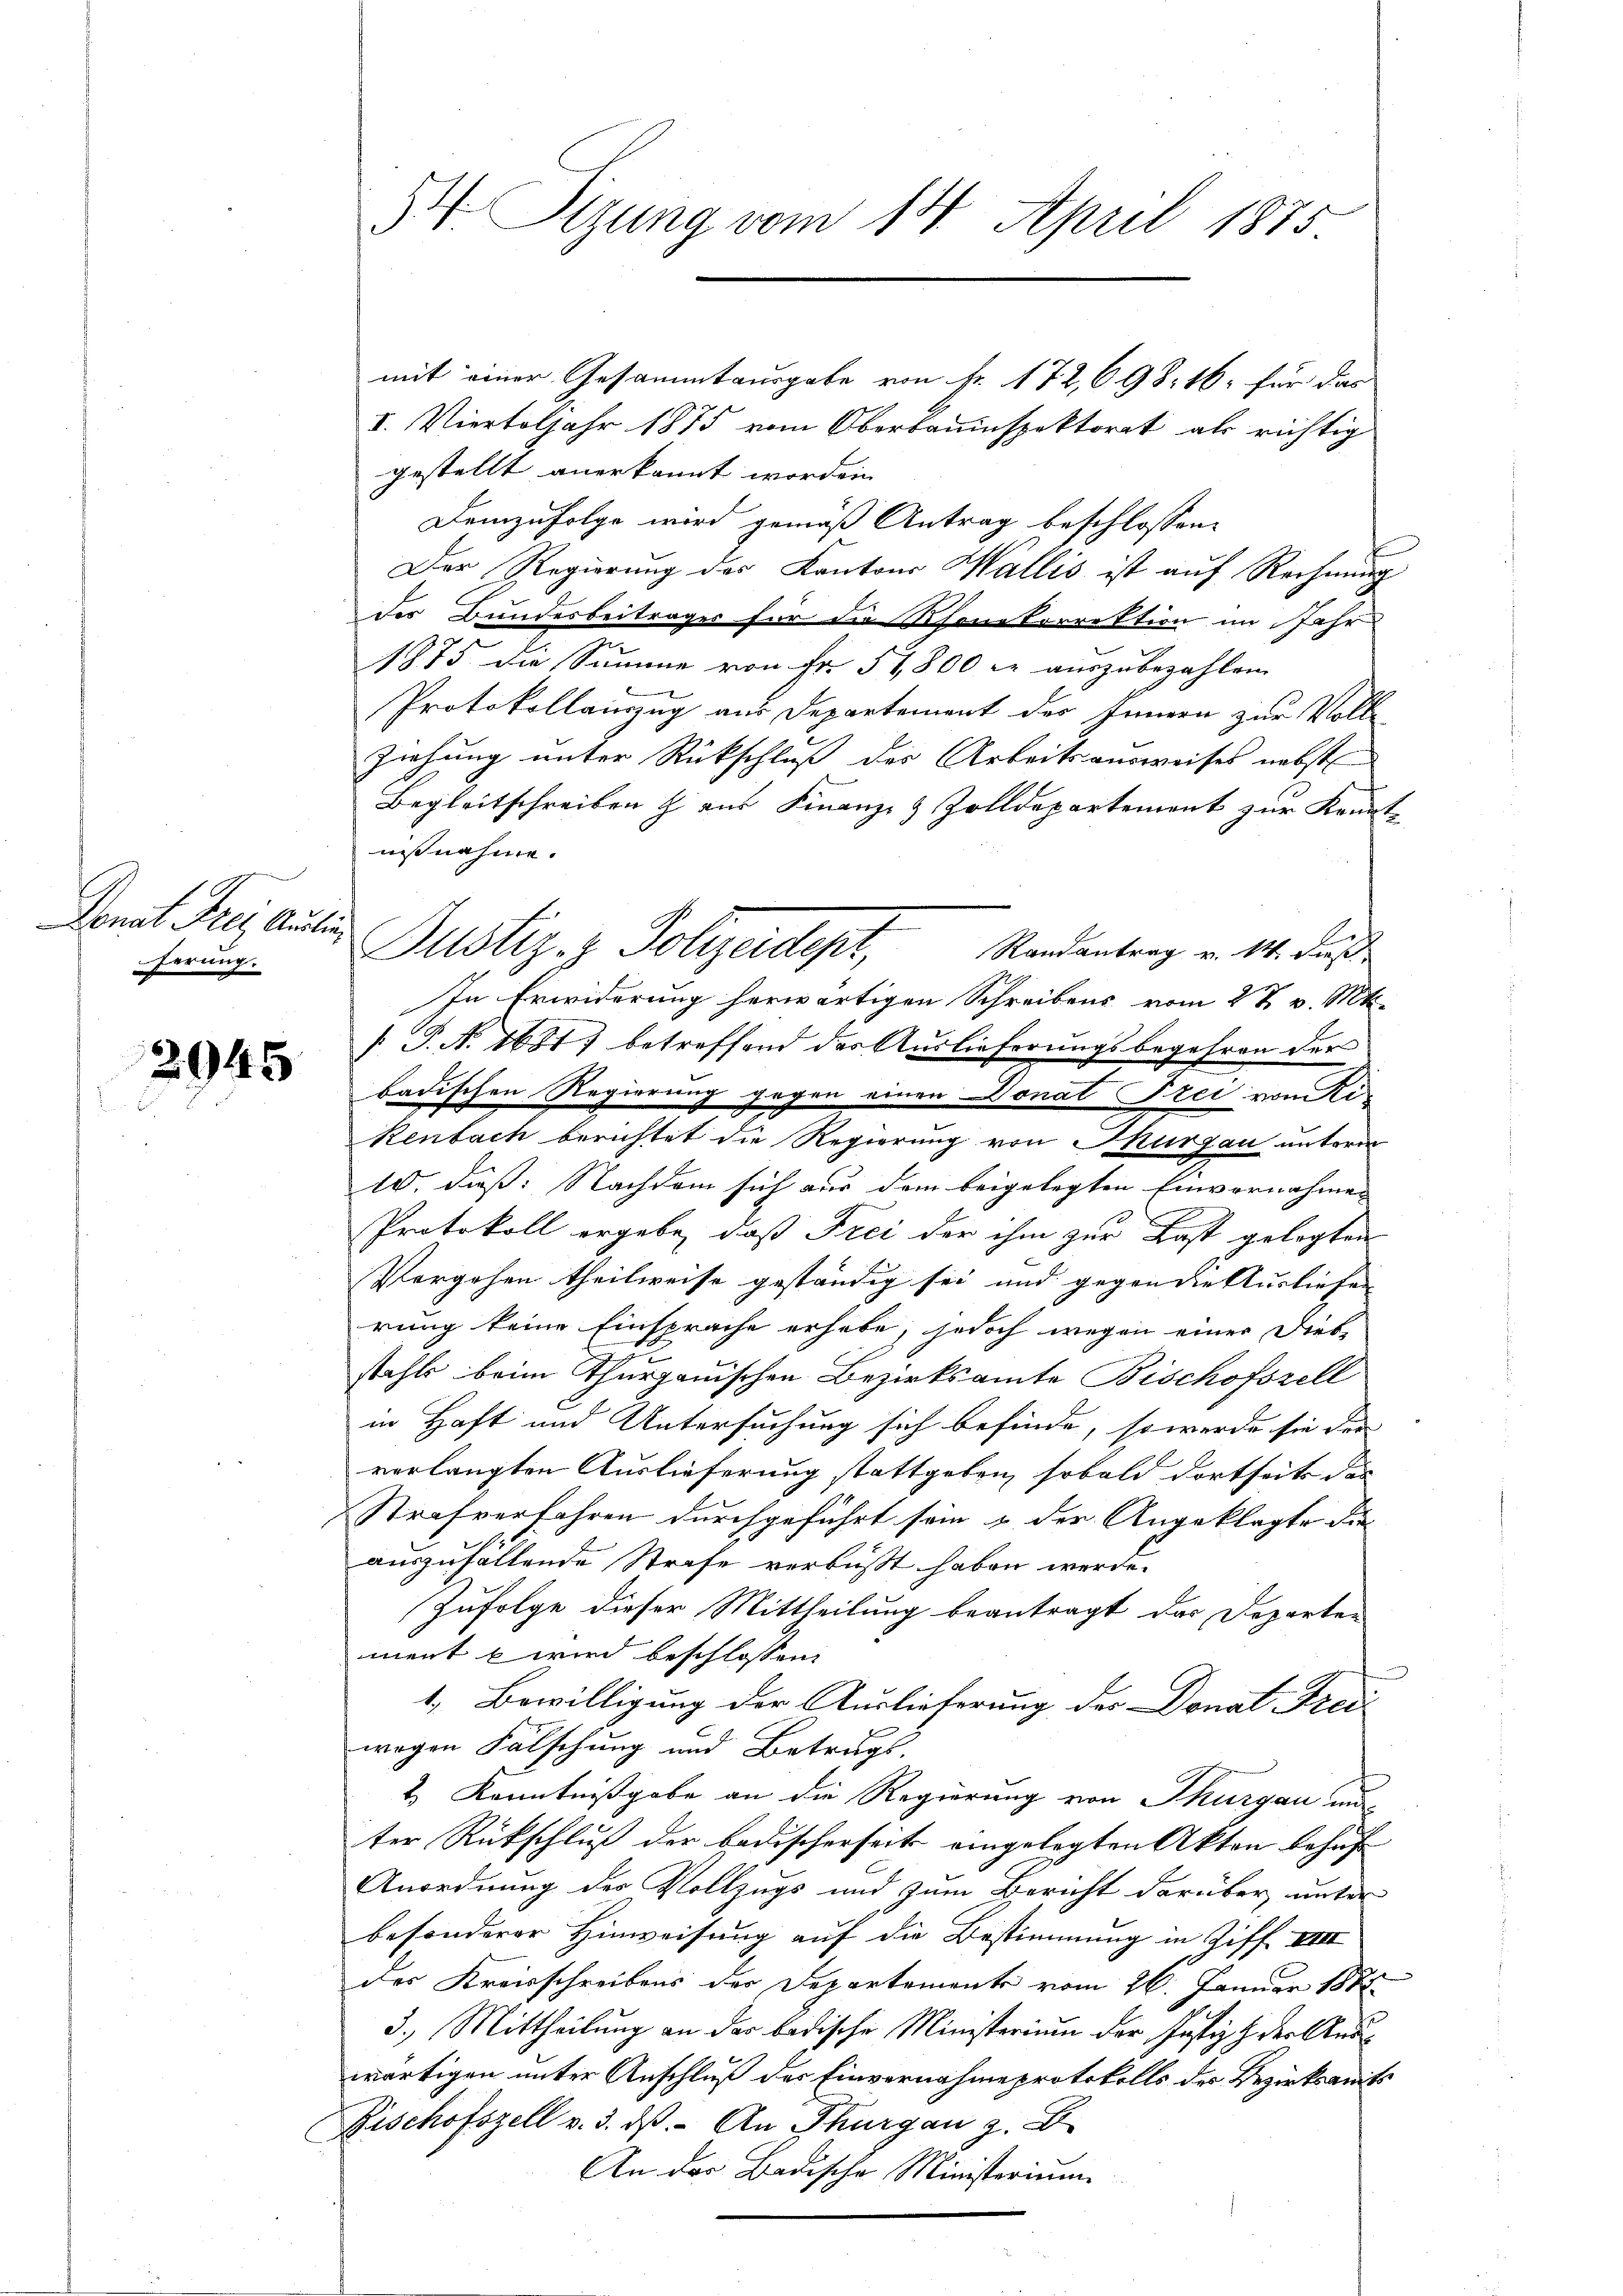
Donat Frei Ausin
ferung.

2945

54 Sizung vom 14. April 1875

mit einer Gesammtausgabe von Fr. 172, 698. 16. für das
I. Vierteljahr 1875 vom Oberbauinspektorat als richtig
gestellt anerkannt worden
Demzufolge wird gemäß Antrag beschlossene
Der Regierung des Kantons Wallis ist auf Rechnung
Der Bundesbeitrages für die Thonetorrektion im Jahr
1875 die Summe von Fr. 51,800 er auszubezahlen.
Protokollinzug aus Departement des Innern zur Voll¬
Ziehung unter Rückschluß des Arbeitsausweises nebst
Begleitschreiben & aus Finanz- & Zolldepartement zur Kenntnisnahme.
Randantrag v. 14. dieß
In Erwiderung herwärtigen Schreibens vom 27. v. Mts.
 P. N. 1681) betreffend das Auslieferungsbegehren der
badischen Regierung gegen einen Donat Frei vom Rikenbach berichtet die Regierung von Thurgau unterm
10. dieß: Nachdem sich aus dem beigelegten Einvernahmen
Protokoll ergebe, daß Frei der ihm zur Last gelegten
Vergehen theilweise geständig sei und gegen die Ausliefen |
rung keine Einsprache erhebe, jedoch wegen einer Diebstahls beim Thurgauischen Bezirksamte Bischofszell
in Haft und Untersuchung sich befinde, so werde sie der
verlangten Auslieferung stattgeben, sobald dortseits das
Strafverfahren durchgeführt sein & der Angeklagte die
auszufallende Strafe verbüßt haben werde.
Zufolge dieser Mittheilung beantragt das Departen
ment b wird beschlossen:
1. Bewilligung der Auslieferung des Donat Freil
wegen Falschung und Betrugs.
& Kenntnißgabe an die Regierung von Thurgau un
ter Rückschluß der badischerseits eingelegten Akten behuf
Anordnung des Vollzugs und zum Bericht darüber unter
besonderer Hinweisung auf die Bestimmung in Ziff. VIII
der Kreisschreibens der Departemente vom 26. Januar 1885
3.) Mittheilung an der badische Ministerium der Justiz & der Auswärtigen unter Anschluß der Einvernahme protokolls der Bezirksamts
Fischofszell v. 3. dβ. - An Thurgau z. B.
An das Badische Ministerium

Justiz- & Polizeidigt,